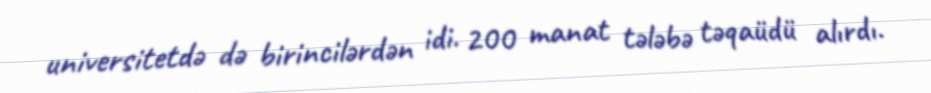
universitetdə də birincilərdən idi. 200 manat tələbə təqaüdü alırdı.